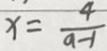
x = \frac { 4 } { a - 1 }